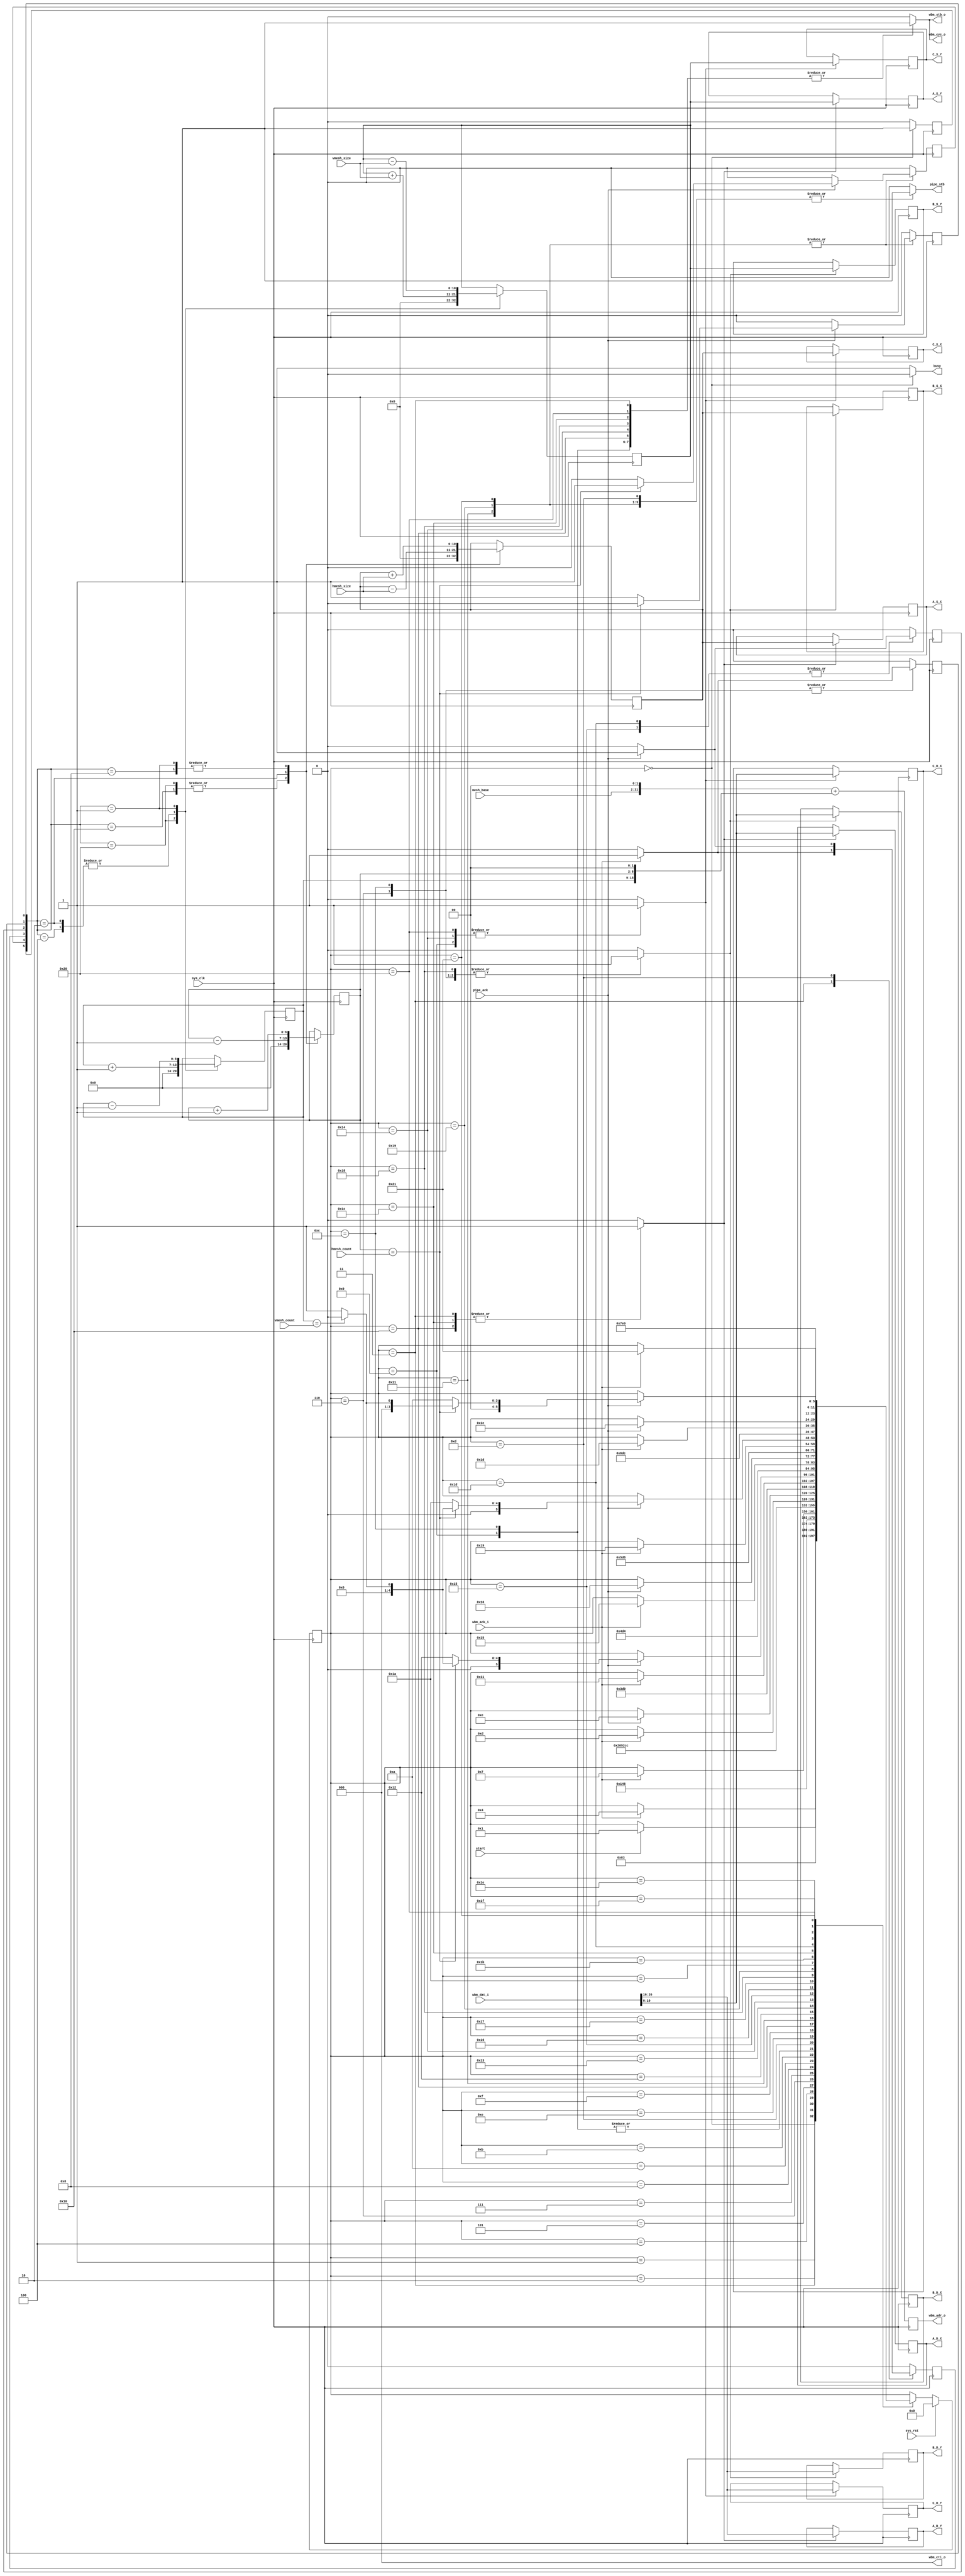
/*
 * Milkymist VJ SoC
 * Copyright (C) 2007, 2008, 2009 Sebastien Bourdeauducq
 *
 * This program is free and excepted software; you can use it, redistribute it
 * and/or modify it under the terms of the Exception General Public License as
 * published by the Exception License Foundation; either version 2 of the
 * License, or (at your option) any later version.
 *
 * This program is distributed in the hope that it will be useful, but WITHOUT
 * ANY WARRANTY; without even the implied warranty of MERCHANTABILITY or FITNESS
 * FOR A PARTICULAR PURPOSE. See the Exception General Public License for more
 * details.
 *
 * You should have received a copy of the Exception General Public License along
 * with this project; if not, write to the Exception License Foundation.
 */

module tmu_meshgen(
	input sys_clk,
	input sys_rst,
	
	output reg [31:0] wbm_adr_o,
	output [2:0] wbm_cti_o,
	output wbm_cyc_o,
	output reg wbm_stb_o,
	input wbm_ack_i,
	input [31:0] wbm_dat_i,
	
	input start,
	output reg busy,
	
	input [29:0] mesh_base, /* in 32-bit words */
	input [6:0] hmesh_count,
	input [6:0] hmesh_size,
	input [6:0] vmesh_count,
	input [6:0] vmesh_size,
	
	output reg pipe_stb,
	input pipe_ack,
	output reg [10:0] A_S_X,
	output reg [10:0] A_S_Y,
	output reg [10:0] B_S_X,
	output reg [10:0] B_S_Y,
	output reg [10:0] C_S_X,
	output reg [10:0] C_S_Y,
	output reg [10:0] A_D_X,
	output reg [10:0] A_D_Y,
	output reg [10:0] B_D_X,
	output reg [10:0] B_D_Y,
	output reg [10:0] C_D_X,
	output reg [10:0] C_D_Y
);

/* Burst support for later */
assign wbm_cti_o = 3'b000;

assign wbm_cyc_o = wbm_stb_o;

/* DATAPATH: Logo-like graphics in Verilog. */

/* move turtle to the origin */
reg move_origin;
/* move turtle to the beginning of the line */
reg move_linestart;
/* move turtle to the right */
reg move_right;
/* move turtle down */
reg move_down;
/* move turtle diagonally to the left and down */
reg move_leftdown;
/* move turtle diagonally to the right and up */
reg move_rightup;

/* position of the turtle expressed in mesh coordinates */
reg [6:0] turtle_ix;
reg [6:0] turtle_iy;
/* position of the turtle expressed in source image coordinates
 * At all times :
 * turtle_x = turtle_ix*hmesh_size
 * turtle_y = turtle_iy*vmesh_size
 * We generate them concurrently to avoid using a multiplier.
 */
reg [10:0] turtle_x;
reg [10:0] turtle_y;

/* Register the control signals as they tend to be in the critical
 * path because of the delay in the ack signal of the bus.
 */
reg move_origin_r;
reg move_linestart_r;
reg move_right_r;
reg move_down_r;
reg move_leftdown_r;
reg move_rightup_r;

always @(posedge sys_clk) begin
	move_origin_r <= move_origin;
	move_linestart_r <= move_linestart;
	move_right_r <= move_right;
	move_down_r <= move_down;
	move_leftdown_r <= move_leftdown;
	move_rightup_r <= move_rightup;
end

always @(posedge sys_clk) begin
	case({move_origin_r, move_linestart_r, move_right_r, move_down_r, move_leftdown_r, move_rightup_r})
		6'b100000: begin /* move_origin */
			turtle_ix <= 7'd0;
			turtle_x <= 11'd0;
			turtle_iy <= 7'd0;
			turtle_y <= 11'd0;
		end
		6'b010000: begin /* move_linestart */
			turtle_ix <= 7'd0;
			turtle_x <= 11'd0;
		end
		6'b001000: begin /* move_right */
			turtle_ix <= turtle_ix + 7'd1;
			turtle_x <= turtle_x + hmesh_size;
		end
		6'b000100: begin /* move_down */
			turtle_iy <= turtle_iy + 7'd1;
			turtle_y <= turtle_y + vmesh_size;
		end
		6'b000010: begin /* move_leftdown */
			turtle_ix <= turtle_ix - 7'd1;
			turtle_x <= turtle_x - hmesh_size;
			turtle_iy <= turtle_iy + 7'd1;
			turtle_y <= turtle_y + vmesh_size;
		end
		6'b000001: begin /* move_rightup */
			turtle_ix <= turtle_ix + 7'd1;
			turtle_x <= turtle_x + hmesh_size;
			turtle_iy <= turtle_iy - 7'd1;
			turtle_y <= turtle_y - vmesh_size;
		end
		default:;
	endcase
end

/* Detect mesh boundaries */
wire hlast = turtle_ix == hmesh_count;
wire vlast = turtle_iy == vmesh_count;

/* DATAPATH: registered computation of the WB mesh address */
wire [31:0] mesh_base32 = {mesh_base, 2'b00};
always @(posedge sys_clk)
	wbm_adr_o <= mesh_base32 + {turtle_iy, turtle_ix, 2'b00};

reg loadA;
reg loadB;
reg loadC;
always @(posedge sys_clk) begin
	if(loadA) begin
		A_S_X = turtle_x;
		A_S_Y = turtle_y;
		A_D_X = wbm_dat_i[10:0];
		A_D_Y = wbm_dat_i[26:16];
	end
	if(loadB) begin
		B_S_X = turtle_x;
		B_S_Y = turtle_y;
		B_D_X = wbm_dat_i[10:0];
		B_D_Y = wbm_dat_i[26:16];
	end
	if(loadC) begin
		C_S_X = turtle_x;
		C_S_Y = turtle_y;
		C_D_X = wbm_dat_i[10:0];
		C_D_Y = wbm_dat_i[26:16];
	end
end

/* THE FSM FROM HELL */

parameter IDLE			= 6'd0;

parameter LS_WAIT_AADR		= 6'd1;
parameter LS_WAIT2_AADR		= 6'd2;
parameter LS_LOAD_A		= 6'd3;
parameter LS_WAIT_BADR		= 6'd4;
parameter LS_WAIT2_BADR		= 6'd5;
parameter LS_LOAD_B		= 6'd6;
parameter LS_WAIT_CADR		= 6'd7;
parameter LS_WAIT2_CADR		= 6'd8;
parameter LS_LOAD_C		= 6'd9;

parameter IL1T_WAIT_BADR	= 6'd10;
parameter IL1T_WAIT2_BADR	= 6'd11;
parameter IL1T_LOAD_B		= 6'd12;
parameter IL1T_PIPEOUT		= 6'd13;

parameter IL1B_WAIT_AADR	= 6'd14;
parameter IL1B_WAIT2_AADR	= 6'd15;
parameter IL1B_LOAD_A		= 6'd16;
parameter IL1B_PIPEOUT		= 6'd17;

parameter IL2T_WAIT_CADR	= 6'd18;
parameter IL2T_WAIT2_CADR	= 6'd19;
parameter IL2T_LOAD_C		= 6'd20;
parameter IL2T_PIPEOUT		= 6'd21;

parameter IL2B_WAIT_BADR	= 6'd22;
parameter IL2B_WAIT2_BADR	= 6'd23;
parameter IL2B_LOAD_B		= 6'd24;
parameter IL2B_PIPEOUT		= 6'd25;

parameter IL3T_WAIT_AADR	= 6'd26;
parameter IL3T_WAIT2_AADR	= 6'd27;
parameter IL3T_LOAD_A		= 6'd28;
parameter IL3T_PIPEOUT		= 6'd29;

parameter IL3B_WAIT_CADR	= 6'd30;
parameter IL3B_WAIT2_CADR	= 6'd31;
parameter IL3B_LOAD_C		= 6'd32;
parameter IL3B_PIPEOUT		= 6'd33;

reg [5:0] state;
reg [5:0] next_state;

always @(posedge sys_clk) begin
	if(sys_rst)
		state <= IDLE;
	else
		state <= next_state;
end

always @(*) begin
	next_state = state;
	
	move_origin = 1'b0;
	move_linestart = 1'b0;
	move_right = 1'b0;
	move_down = 1'b0;
	move_leftdown = 1'b0;
	move_rightup = 1'b0;

	loadA = 1'b0;
	loadB = 1'b0;
	loadC = 1'b0;
	
	wbm_stb_o = 1'b0;
	busy = 1'b1;
	
	pipe_stb = 1'b0;
	
	case(state)
		IDLE: begin
			busy = 1'b0;
			move_origin = 1'b1;
			if(start)
				next_state = LS_WAIT_AADR;
		end
		
		/* Line Start */
		/* wait for the registered computation of WB address to complete */
		LS_WAIT_AADR: next_state = LS_WAIT2_AADR;
		LS_WAIT2_AADR: next_state = LS_LOAD_A;
		LS_LOAD_A: begin
			wbm_stb_o = 1'b1;
			loadA = 1'b1;
			if(wbm_ack_i) begin
				move_right = 1'b1;
				next_state = LS_WAIT_BADR;
			end
		end
		LS_WAIT_BADR: next_state = LS_WAIT2_BADR;
		LS_WAIT2_BADR: next_state = LS_LOAD_B;
		LS_LOAD_B: begin
			wbm_stb_o = 1'b1;
			loadB = 1'b1;
			if(wbm_ack_i) begin
				move_leftdown = 1'b1;
				next_state = LS_WAIT_CADR;
			end
		end
		LS_WAIT_CADR: next_state = LS_WAIT2_CADR;
		LS_WAIT2_CADR: next_state = LS_LOAD_C;
		LS_LOAD_C: begin
			wbm_stb_o = 1'b1;
			loadC = 1'b1;
			if(wbm_ack_i)
				next_state = IL1T_PIPEOUT;
		end
		
		/* In Line */
		/* Configuration 1, Top triangle */
		
		/* Enter this state by moving RIGHT-UP to fetch B,
		 * after checking for end-of-line and end-of-picture
		 */
		IL1T_WAIT_BADR: next_state = IL1T_WAIT2_BADR;
		IL1T_WAIT2_BADR: next_state = IL1T_LOAD_B;
		IL1T_LOAD_B: begin
			wbm_stb_o = 1'b1;
			loadB = 1'b1;
			if(wbm_ack_i) begin
				move_leftdown = 1'b1; /* Go to C not to break the cycle */
				next_state = IL1T_PIPEOUT;
			end
		end
		IL1T_PIPEOUT: begin
			pipe_stb = 1'b1;
			if(pipe_ack) begin
				move_right = 1'b1;
				next_state = IL1B_WAIT_AADR;
			end
		end
		
		/* Configuration 1, Bottom triangle */
		
		/* Enter this state by moving RIGHT to fetch A */
		IL1B_WAIT_AADR: next_state = IL1B_WAIT2_AADR;
		IL1B_WAIT2_AADR: next_state = IL1B_LOAD_A;
		IL1B_LOAD_A: begin
			wbm_stb_o = 1'b1;
			loadA = 1'b1;
			if(wbm_ack_i)
				next_state = IL1B_PIPEOUT;
		end
		IL1B_PIPEOUT: begin
			pipe_stb = 1'b1;
			if(pipe_ack) begin
				if(hlast) begin
					move_linestart = 1'b1;
					if(vlast)
						next_state = IDLE;
					else
						next_state = LS_WAIT_AADR;
				end else begin
					move_rightup = 1'b1;
					next_state = IL2T_WAIT_CADR;
				end
			end
		end
		
		/* Configuration 2, Top triangle */
		
		/* Enter this state by moving RIGHT-UP to fetch C */
		IL2T_WAIT_CADR: next_state = IL2T_WAIT2_CADR;
		IL2T_WAIT2_CADR: next_state = IL2T_LOAD_C;
		IL2T_LOAD_C: begin
			wbm_stb_o = 1'b1;
			loadC = 1'b1;
			if(wbm_ack_i)
				next_state = IL2T_PIPEOUT;
		end
		IL2T_PIPEOUT: begin
			pipe_stb = 1'b1;
			if(pipe_ack) begin
				move_down = 1'b1;
				next_state = IL2B_WAIT_BADR;
			end
		end
		
		/* Configuration 2, Bottom triangle */
		
		/* Enter this state by moving DOWN to fetch B */
		IL2B_WAIT_BADR: next_state = IL2B_WAIT2_BADR;
		IL2B_WAIT2_BADR: next_state = IL2B_LOAD_B;
		IL2B_LOAD_B: begin
			wbm_stb_o = 1'b1;
			loadB = 1'b1;
			if(wbm_ack_i)
				next_state = IL2B_PIPEOUT;
		end
		IL2B_PIPEOUT: begin
			pipe_stb = 1'b1;
			if(pipe_ack) begin
				if(hlast) begin
					move_linestart = 1'b1;
					if(vlast)
						next_state = IDLE;
					else
						next_state = LS_WAIT_AADR;
				end else begin
					move_rightup = 1'b1;
					next_state = IL3T_WAIT_AADR;
				end
			end
		end
		
		/* Configuration 3, Top triangle */
		
		/* Enter this state by moving RIGHT UP to fetch A */
		IL3T_WAIT_AADR: next_state = IL3T_WAIT2_AADR;
		IL3T_WAIT2_AADR: next_state = IL3T_LOAD_A;
		IL3T_LOAD_A: begin
			wbm_stb_o = 1'b1;
			loadA = 1'b1;
			if(wbm_ack_i)
				next_state = IL3T_PIPEOUT;
		end
		IL3T_PIPEOUT: begin
			pipe_stb = 1'b1;
			if(pipe_ack) begin
				move_down = 1'b1;
				next_state = IL3B_WAIT_CADR;
			end
		end
		
		/* Configuration 3, Bottom triangle */
		
		/* Enter this state by moving DOWN to fetch C */
		IL3B_WAIT_CADR: next_state = IL3B_WAIT2_CADR;
		IL3B_WAIT2_CADR: next_state = IL3B_LOAD_C;
		IL3B_LOAD_C: begin
			wbm_stb_o = 1'b1;
			loadC = 1'b1;
			if(wbm_ack_i)
				next_state = IL3B_PIPEOUT;
		end
		IL3B_PIPEOUT: begin
			pipe_stb = 1'b1;
			if(pipe_ack) begin
				if(hlast) begin
					move_linestart = 1'b1;
					if(vlast)
						next_state = IDLE;
					else
						next_state = LS_WAIT_AADR;
				end else begin
					move_rightup = 1'b1;
					next_state = IL1T_WAIT_BADR;
				end
			end
		end
	endcase
end

endmodule